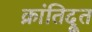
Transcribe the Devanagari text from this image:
क्रांतिदूत